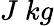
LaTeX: J~kg